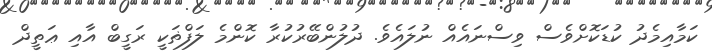
ކަމާއިމެދު ކުޑަކޮށްވެސް ވިސްނައެއް ނުލައެވެ. ދުލުންބޭރުކުރާ ކޮންމެ ލަފްޡަކީ ރަގީބް އާއި ޢަތީދް